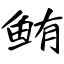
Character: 鲔